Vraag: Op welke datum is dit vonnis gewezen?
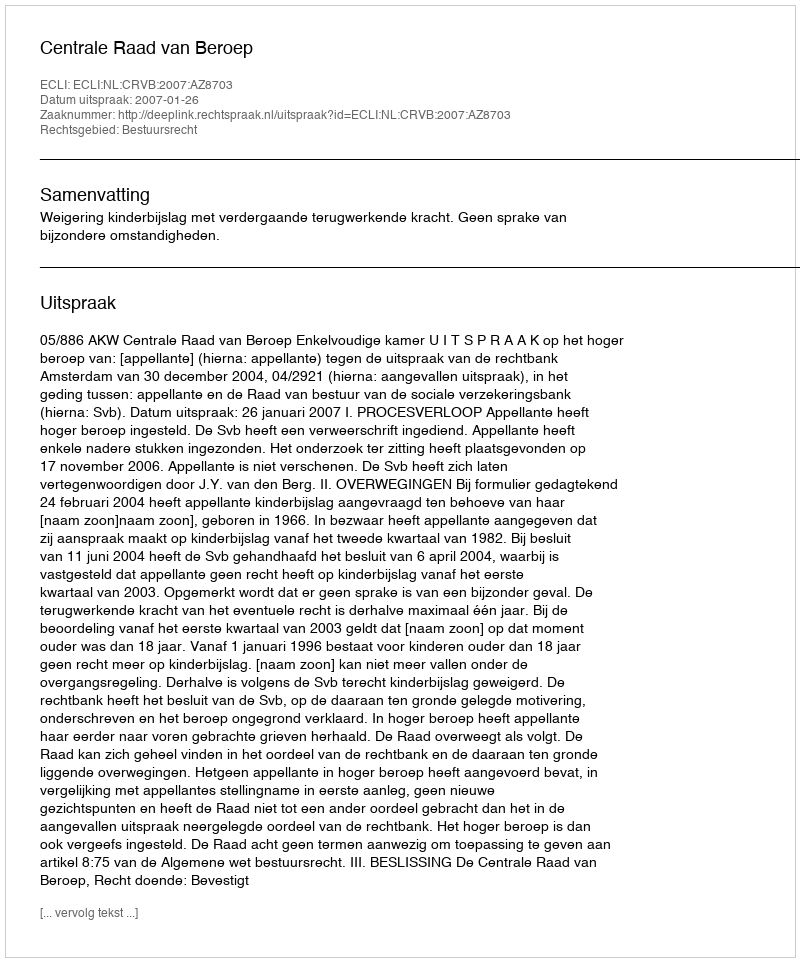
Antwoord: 2007-01-26